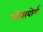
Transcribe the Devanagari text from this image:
मोसबोर्ग